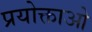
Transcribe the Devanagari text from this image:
प्रयोक्ताओ